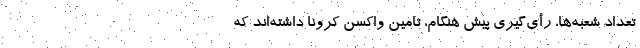
تعداد شعبه‌ها، رأی‌گیری پیش هنگام، تامین واکسن کرونا داشته‌اند که